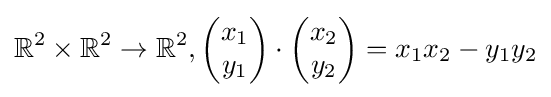
\mathbb {R} ^{2}\times \mathbb {R} ^{2}\rightarrow \mathbb {R} ^{2},{\begin{pmatrix}x_{1}\\y_{1}\end{pmatrix}}\cdot {\begin{pmatrix}x_{2}\\y_{2}\end{pmatrix}}=x_{1}x_{2}-y_{1}y_{2}